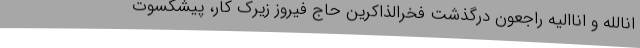
انالله و اناالیه راجعون درگذشت فخرالذاکرین حاج فیروز زیرک کار، پیشکسوت